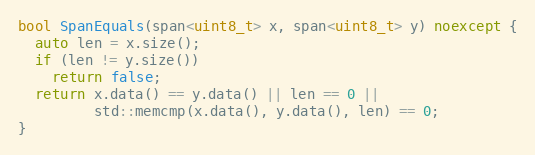
Language: C++
bool SpanEquals(span<uint8_t> x, span<uint8_t> y) noexcept {
  auto len = x.size();
  if (len != y.size())
    return false;
  return x.data() == y.data() || len == 0 ||
         std::memcmp(x.data(), y.data(), len) == 0;
}